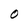
Character: O